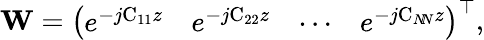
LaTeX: \boldsymbol{\mathrm{W}}=\left(\begin{array}{llll}{e^{-j\mathrm{C_{11}}z}}&{e^{-j\mathrm{C_{22}}z}}&{\cdots}&{e^{-j\mathrm{C}_{N\! N}z}}\end{array}\right)^{\top},